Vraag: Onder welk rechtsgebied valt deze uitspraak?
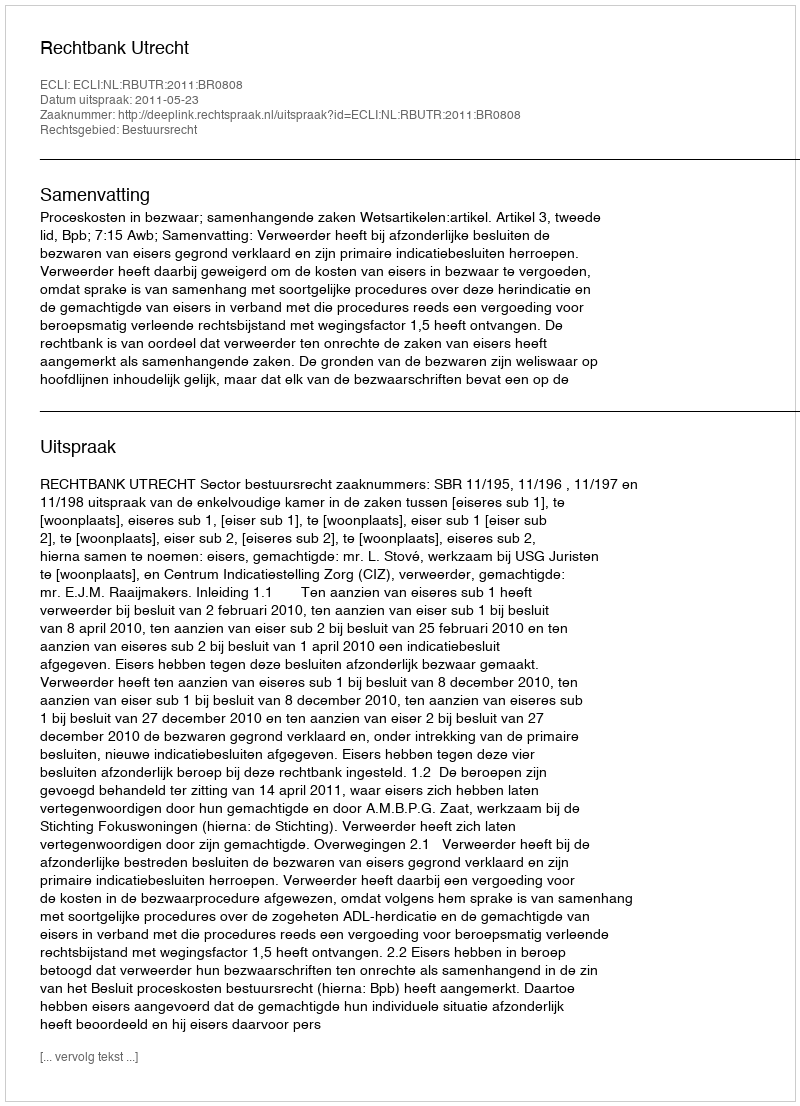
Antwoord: Bestuursrecht